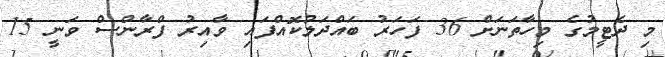
މި ދެޓީމުގެ މިހާތަނަށް 36 ފަހަރު ބައްދަލުކޮއްފައި ވާއިރު ފްރާންސް ވަނީ 15